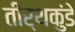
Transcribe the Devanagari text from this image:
तीर्थकुंडे